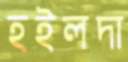
হইলদা